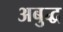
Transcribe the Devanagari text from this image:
अबुद्ध